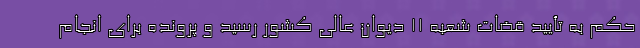
حکم به تأیید قضات شعبه‌ ۱۱ دیوان عالی کشور رسید و پرونده برای انجام